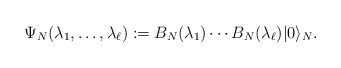
\begin{align*}\Psi_N(\lambda_1,\ldots,\lambda_\ell):=B_N(\lambda_1)\cdots B_N(\lambda_\ell)|0\rangle_N.\end{align*}